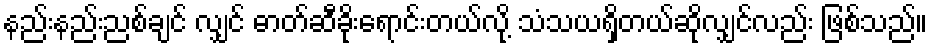
နည်းနည်းညစ်ချင် လျှင် ဓာတ်ဆီခိုးရောင်းတယ်လို့ သံသယရှိတယ်ဆိုလျှင်လည်း ဖြစ်သည်။